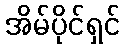
အိမ်ပိုင်ရှင်